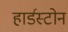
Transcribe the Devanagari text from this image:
हार्डस्टोन